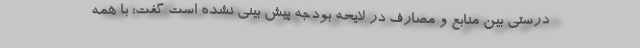
درستی بین منابع و مصارف در لایحه بودجه پیش بینی نشده است گفت: با همه